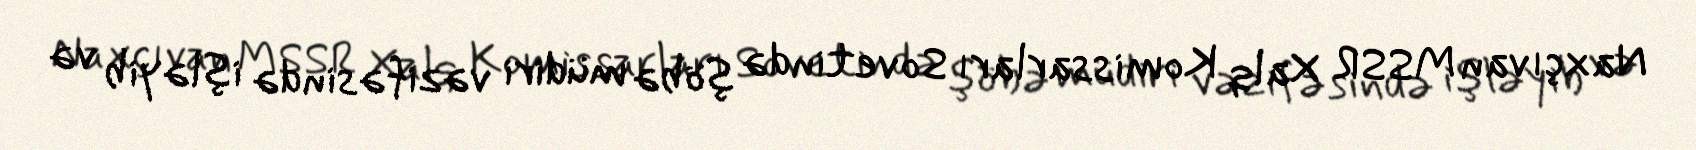
Naxçıvan MSSR Xalq Komissarları Sovetində şöbə müdiri vəzifəsində işləyib və